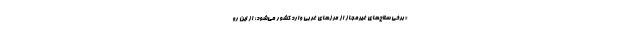
«برخی سلاح‌های غیرمجاز از مرزهای غربی وارد کشور می‌شود؛ از این رو